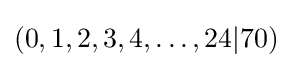
(0,1,2,3,4,\ldots ,24|70)